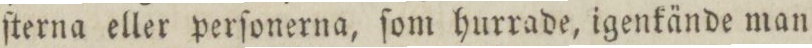
ſterna eller perſonerna, ſom hurrade, igenkände man